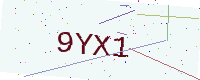
Text: 9YX1